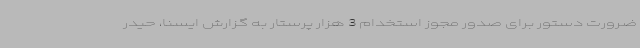
ضرورت دستور برای صدور مجوز استخدام 3 هزار پرستار به گزارش ایسنا، حیدر